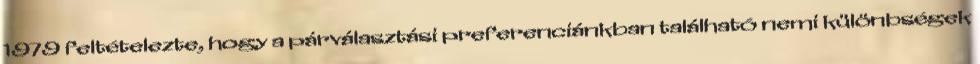
1979 feltételezte, hogy a párválasztási preferenciánkban található nemi különbségek